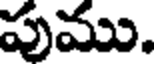
పుము.